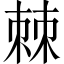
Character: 棘